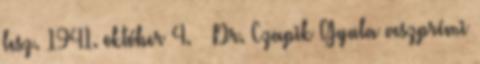
lesz. 1941. október 4. – Dr. Czapik Gyula veszprémi